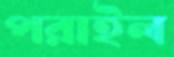
পরাইল